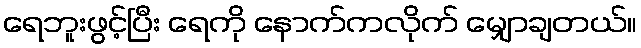
ရေဘူးဖွင့်ပြီး ရေကို နောက်ကလိုက် မျှောချတယ်။